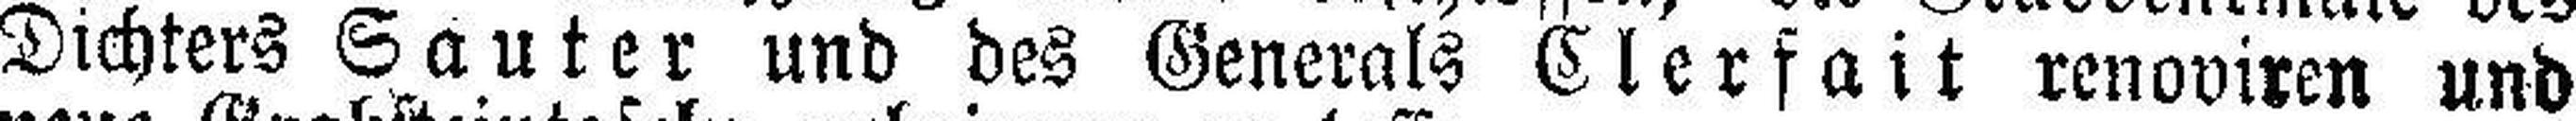
Dichters Sauter und des Generals Clerfait renoviren und